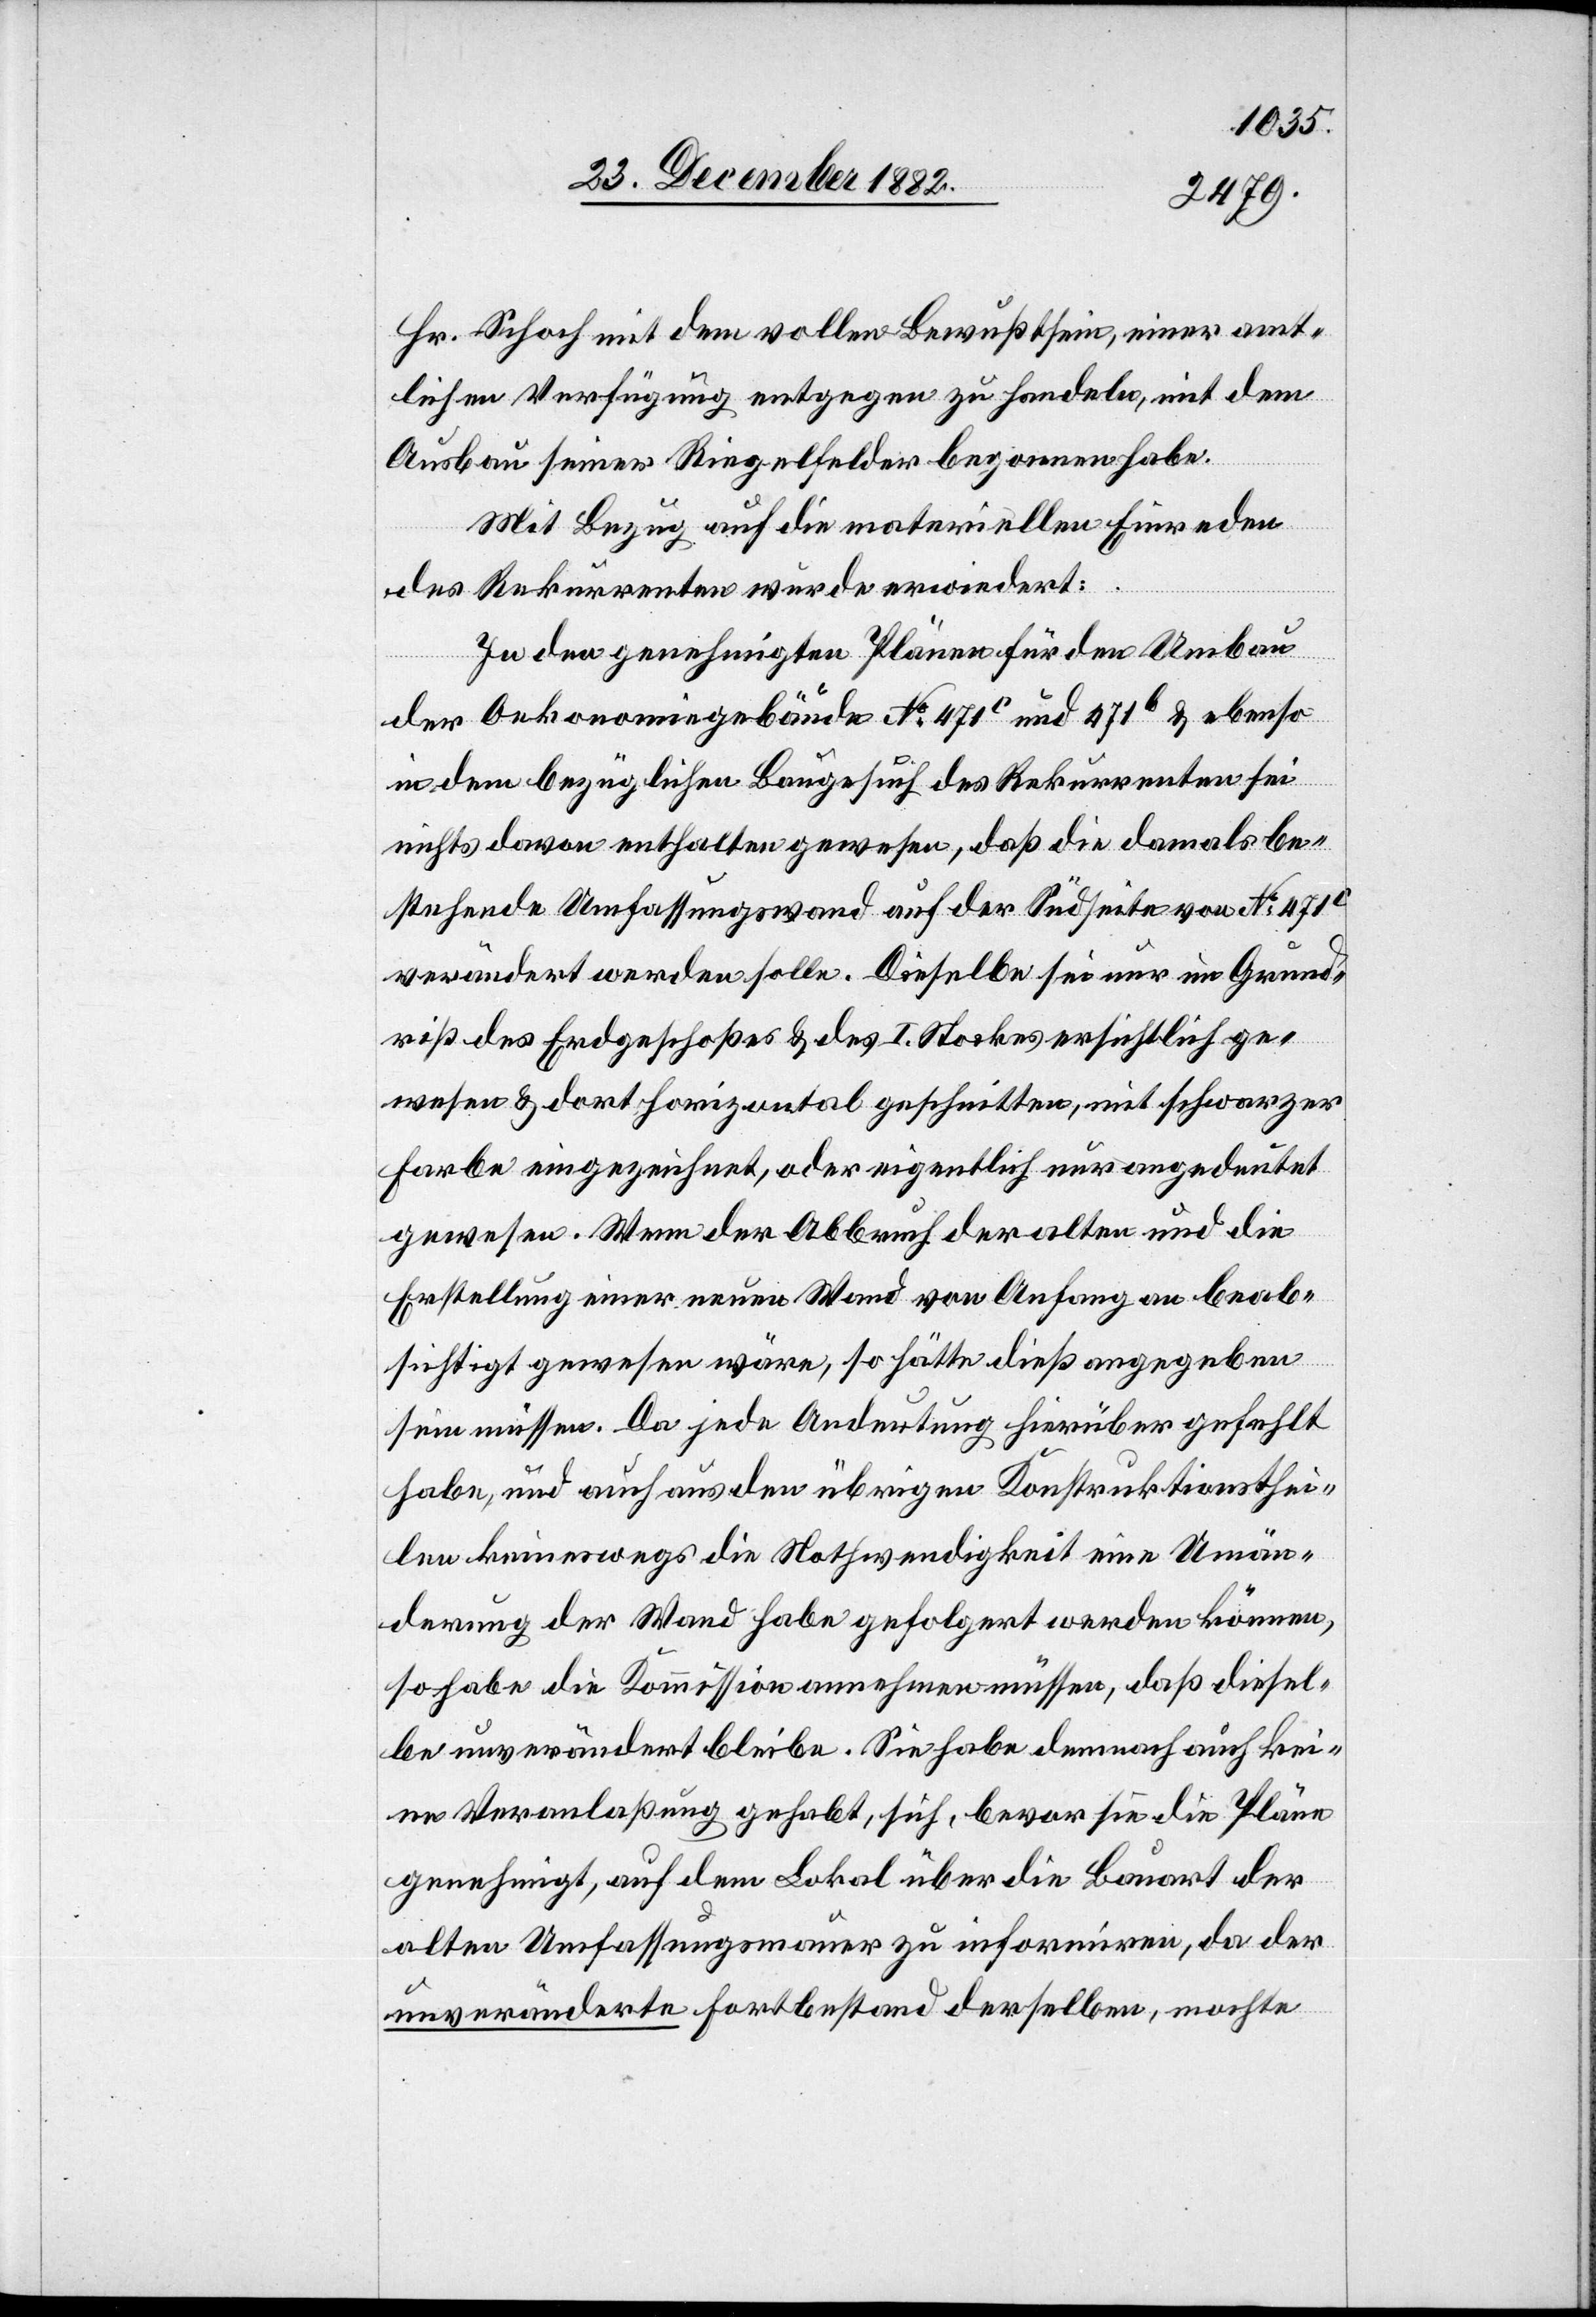
Hr. Schoch mit dem vollen Bewußtsein, einer amt¬
lichen Verfügung entgegen zu handeln, mit dem
Ausbau seiner Riegelfelder begonnen habe.
Mit Bezug auf die materiellen Einreden
des Rekurrenten wurde erwiedert:
In den genehmigten Plänen für den Umbau
der Oekonomiegebäude No 471c und 471b & ebenso
indem bezüglichen Baugesuch des Rekurrenten sei
nichts davon enthalten gewesen, daß die damals be¬
stehende Umfassungswand auf der Südseite von No 471c
verändert werden wolle, dieselbe sei nur im Grund¬
riß des Erdgeschoßes & des I. Stockes ersichtlich ge¬
wesen & dort horizontal geschnitten, mit schwarzer
Farbe eingezeichnet, oder eigentlich nur angedeutet
gewesen. Wenn der Abbruch der alten und die
Erstellung einer neuen Wand von Anfang an beab¬
sichtigt gewesen wäre, so hätte dieß angegeben
sein müssen. Da jede Andeutung hierüber gefehlt
habe, und auch aus den übrigen Konstruktionsthei¬
len keineswegs die Nothwendigkeit eine Umän¬
derung der Wand habe gefolgert werden können,
so habe die Kommission annehmen müssen, daß diesel¬
be unverändert bleibe. Sie habe demnach auf kei¬
ne Veranlaßung gehabt, sich, bevor sie die Pläne
genehmigt, auf dem Lokal über die Bauart der
alten Umfassungsmauer zu informiren, da der
unveränderte Fortbestande derselben, mochte